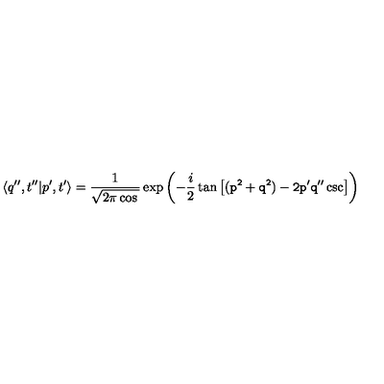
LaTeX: \langle q ^ { \prime \prime } , t ^ { \prime \prime } | p ^ { \prime } , t ^ { \prime } \rangle = { \frac { 1 } { \sqrt { 2 \pi \cos \tt } } } \exp \left( - { \frac { i } { 2 } } \tan \tt \left[ ( p ^ { 2 } + q ^ { 2 } ) - 2 p ^ { \prime } q ^ { \prime \prime } \csc \tt \right] \right)